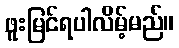
ဖူးမြင်ရပါလိမ့်မည်။